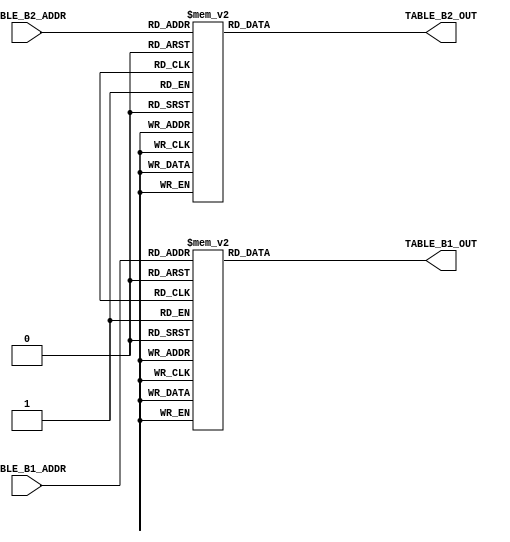
module pcmb_tables(
		input [3:0] TABLE_B1_ADDR,
		output reg [4:0] TABLE_B1_OUT,
		input [2:0] TABLE_B2_ADDR,		
		output reg [7:0] TABLE_B2_OUT
	);
	always @(TABLE_B1_ADDR)
	begin
		case (TABLE_B1_ADDR)
			4'h0 : TABLE_B1_OUT <= 5'd1;
			4'h1 : TABLE_B1_OUT <= 5'd3;
			4'h2 : TABLE_B1_OUT <= 5'd5;
			4'h3 : TABLE_B1_OUT <= 5'd7;
			4'h4 : TABLE_B1_OUT <= 5'd9;
			4'h5 : TABLE_B1_OUT <= 5'd11;
			4'h6 : TABLE_B1_OUT <= 5'd13;
			4'h7 : TABLE_B1_OUT <= 5'd15;
			4'h8 : TABLE_B1_OUT <= -5'd1;
			4'h9 : TABLE_B1_OUT <= -5'd3;
			4'hA : TABLE_B1_OUT <= -5'd5;
			4'hB : TABLE_B1_OUT <= -5'd7;
			4'hC : TABLE_B1_OUT <= -5'd9;
			4'hD : TABLE_B1_OUT <= -5'd11;
			4'hE : TABLE_B1_OUT <= -5'd13;
			4'hF : TABLE_B1_OUT <= -5'd15;
		endcase
	end
	always @(TABLE_B2_ADDR)
	begin
		case (TABLE_B2_ADDR)
			3'h0 : TABLE_B2_OUT <= 8'd57;		
			3'h1 : TABLE_B2_OUT <= 8'd57;
			3'h2 : TABLE_B2_OUT <= 8'd57;
			3'h3 : TABLE_B2_OUT <= 8'd57;
			3'h4 : TABLE_B2_OUT <= 8'd77;
			3'h5 : TABLE_B2_OUT <= 8'd102;
			3'h6 : TABLE_B2_OUT <= 8'd128;
			3'h7 : TABLE_B2_OUT <= 8'd153;
		endcase
	end
endmodule